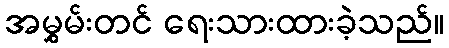
အမွှမ်းတင် ရေးသားထားခဲ့သည်။